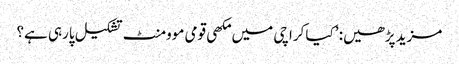
مزید پڑھیں: ’کیا کراچی میں مکھی قومی موومنٹ تشکیل پارہی ہے؟